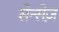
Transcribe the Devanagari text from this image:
सेन्सेज़